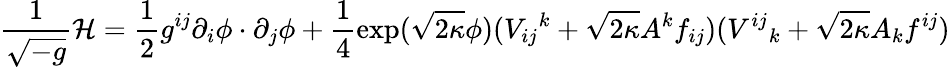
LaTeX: \frac{1}{\sqrt{-g}}{\cal H}=\frac{1}{2}g^{ij}\partial_{i}\phi\cdot\partial_{j}\phi+\frac{1}{4}\exp(\sqrt{2\kappa}\phi)(V_{ij}{}^{k}+\sqrt{2\kappa}A^{k}f_{ij})(V^{ij}{}_{k}+\sqrt{2\kappa}A_{k}f^{ij})